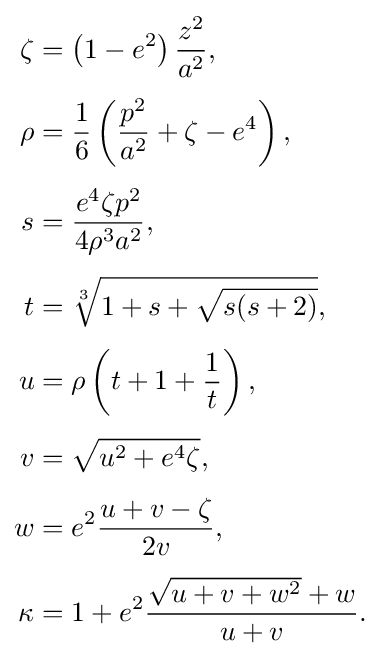
{\begin{aligned}\zeta &=\left(1-e^{2}\right){\frac {z^{2}}{a^{2}}},\\[4pt]\rho &={\frac {1}{6}}\left({\frac {p^{2}}{a^{2}}}+\zeta -e^{4}\right),\\[4pt]s&={\frac {e^{4}\zeta p^{2}}{4\rho ^{3}a^{2}}},\\[4pt]t&={\sqrt[{3}]{1+s+{\sqrt {s(s+2)}}}},\\[4pt]u&=\rho \left(t+1+{\frac {1}{t}}\right),\\[4pt]v&={\sqrt {u^{2}+e^{4}\zeta }},\\[4pt]w&=e^{2}{\frac {u+v-\zeta }{2v}},\\[4pt]\kappa &=1+e^{2}{\frac {{\sqrt {u+v+w^{2}}}+w}{u+v}}.\end{aligned}}